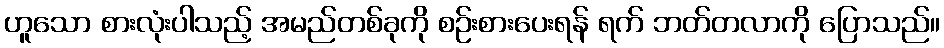
ဟူသော စားလုံးပါသည့် အမည်တစ်ခုကို စဉ်းစားပေးရန် ရက် ဘတ်တလာကို ပြောသည်။